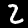
Label: 2